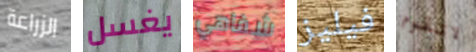
الزراعة يغسل شفاهي فيليز لاتقوم